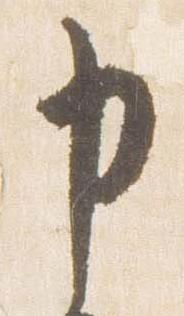
申